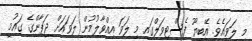
މި ލަވައެވެ. އޭބީޔޫ ފެސްޓިވަލްގައި މި ލަވަ އިއްވާލުމުން ލަވައަށް ޖަޕާންގެ ގައުމީ